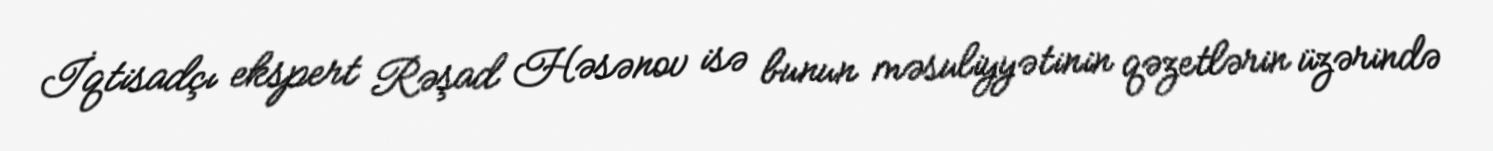
İqtisadçı ekspert Rəşad Həsənov isə bunun məsuliyyətinin qəzetlərin üzərində